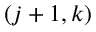
( j + 1 , k )